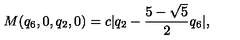
M ( { q _ { 6 } , 0 , q _ { 2 } , 0 } ) = c | q _ { 2 } - \frac { 5 - \sqrt { 5 } } { 2 } q _ { 6 } | ,